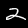
Label: 2